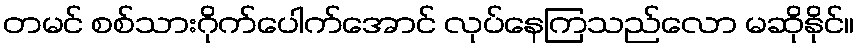
တမင် စစ်သားဂိုက်ပေါက်အောင် လုပ်နေကြသည်လော မဆိုနိုင်။